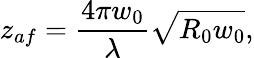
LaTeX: z_{af}=\frac{4\pi w_{0}}{\lambda}\sqrt{R_{0}w_{0}},